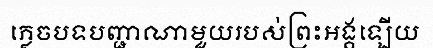
ភ្លេចបទបញ្ជាណាមួយរបស់ព្រះអង្គឡើយ